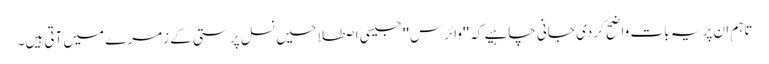
تاہم ان پر یہ بات واضح کردی جانی چاہیے کہ ''وائرس'' جیسی اصطلاحیں نسل پرستی کے زمرے میں آتی ہیں۔